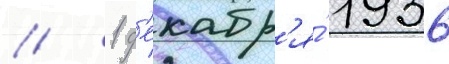
// 1 д'екабр'я́ 1936